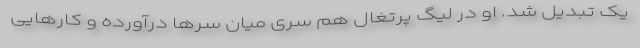
یک تبدیل شد. او در لیگ پرتغال هم سری میان سرها درآورده و کارهایی